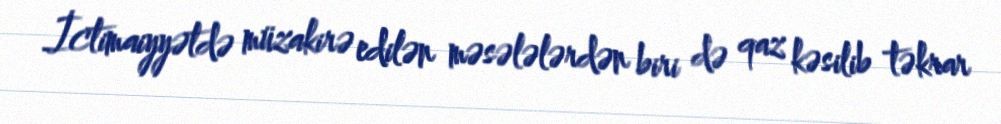
İctimaiyyətdə müzakirə edilən məsələlərdən biri də qaz kəsilib təkrar